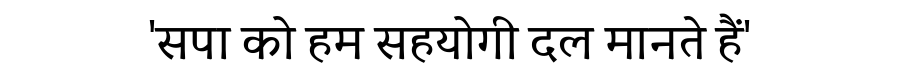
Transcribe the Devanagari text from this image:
'सपा को हम सहयोगी दल मानते हैं'